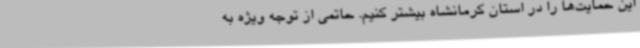
این حمایت‌ها را در استان کرمانشاه بیشتر کنیم. حاتمی از توجه ویژه به